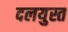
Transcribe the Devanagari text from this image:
दलयुस्त